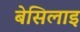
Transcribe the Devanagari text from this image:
बेसिलाइ